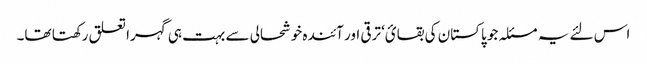
اس لئے یہ مسئلہ جو پاکستان کی بقائ‘ ترقی اور آئندہ خوشحالی سے بہت ہی گہرا تعلق رکھتا تھا۔